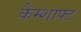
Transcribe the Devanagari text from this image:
कैम्शाफ्ट